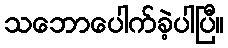
သဘောပေါက်ခဲ့ပါပြီ။